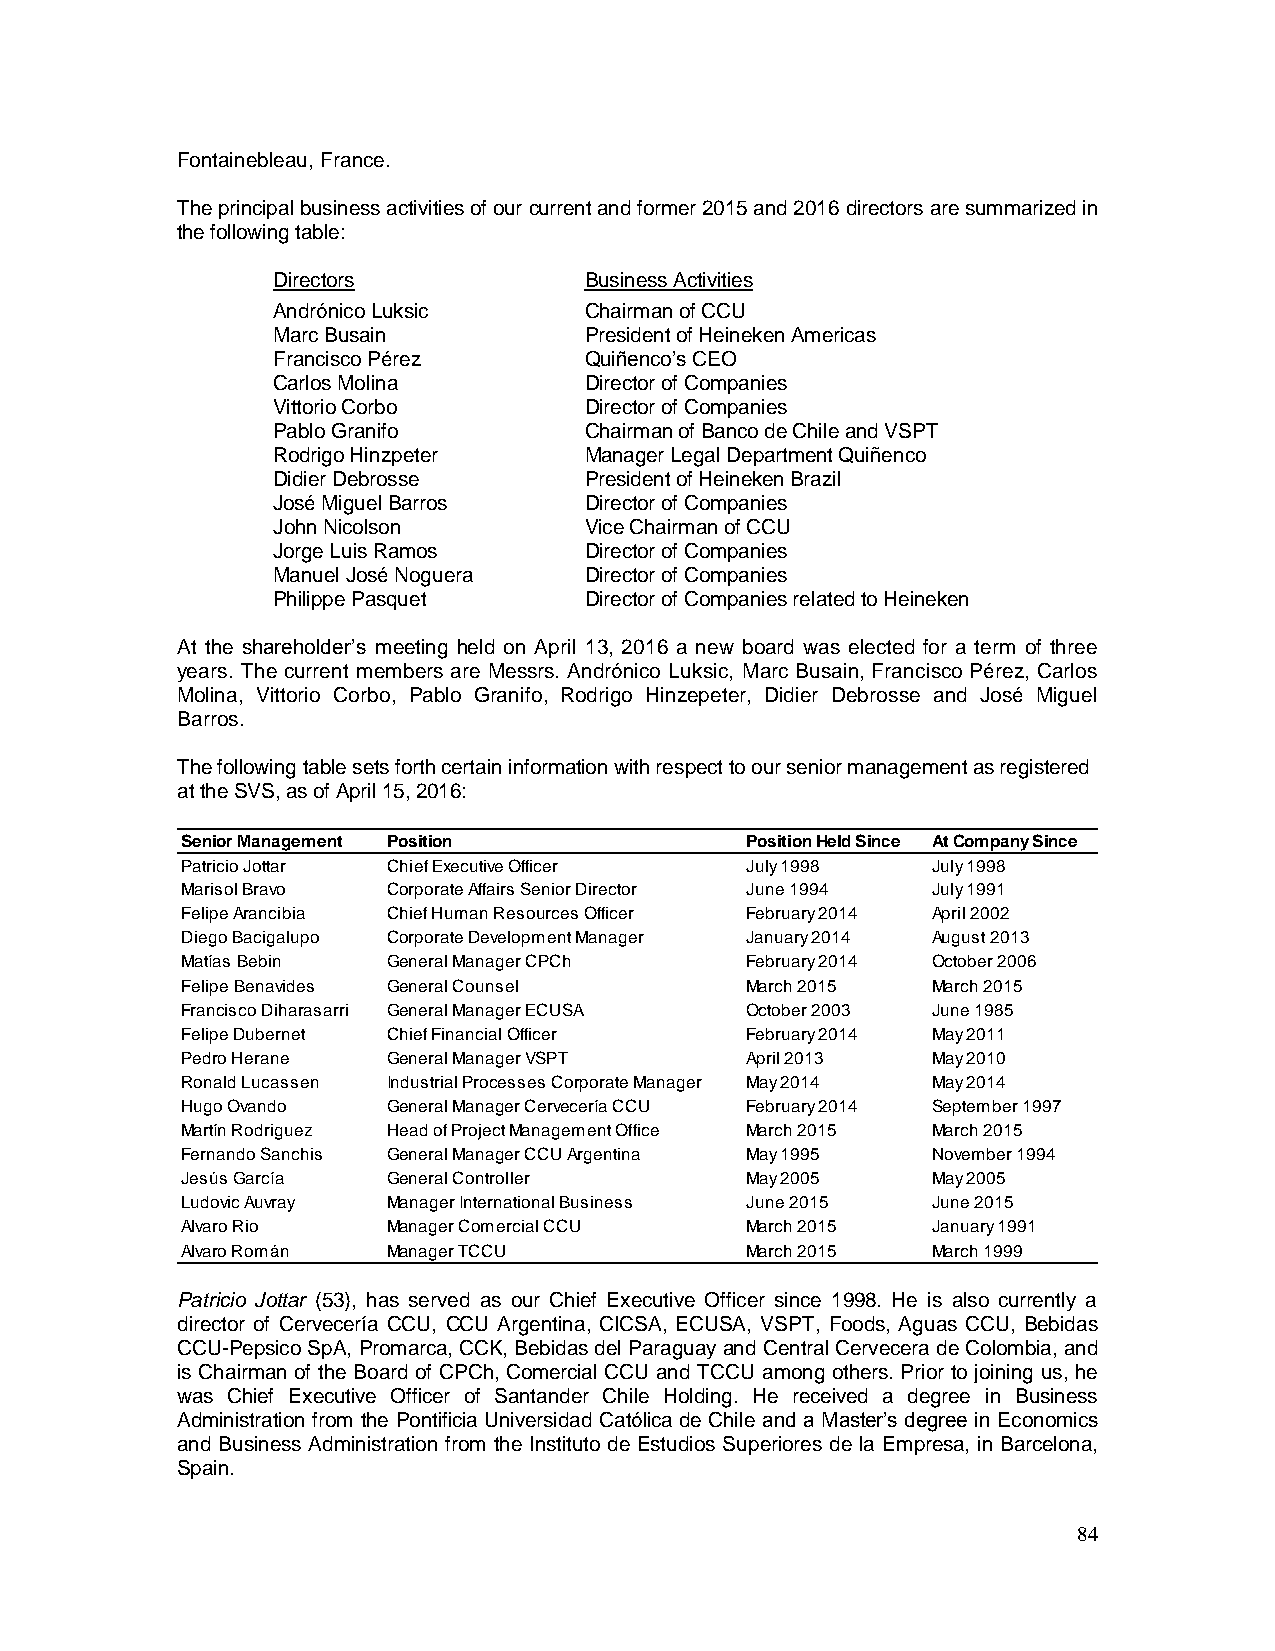
Fontainebleau, France.
 The principal business activities of our current and former 2015 and 2016 directors are summarized in
 the following table:
 Directors            Business Activities
 Andrónico Luksic     Chairman of CCU
 Marc Busain          President of Heineken Americas
 Francisco Pérez      Quiñenco’s CEO
 Carlos Molina        Director of Companies
 Vittorio Corbo       Director of Companies
 Pablo Granifo        Chairman of Banco de Chile and VSPT
 Rodrigo Hinzpeter    Manager Legal Department Quiñenco
 Didier Debrosse      President of Heineken Brazil
 José Miguel Barros   Director of Companies
 John Nicolson        Vice Chairman of CCU
 Jorge Luis Ramos     Director of Companies
 Manuel José Noguera  Director of Companies
 Philippe Pasquet     Director of Companies related to Heineken
 At the shareholder’s meeting held on April 13, 2016 a new board was elected for a term of three
 years. The current members are Messrs. Andrónico Luksic, Marc Busain, Francisco Pérez, Carlos
 Molina, Vittorio Corbo, Pablo Granifo, Rodrigo Hinzepeter, Didier Debrosse and José Miguel
 Barros.
 The following table sets forth certain information with respect to our senior management as registered
 at the SVS, as of April 15, 2016:
 Senior Management Position           Position Held Since At Company Since
 Patricio Jottar Chief Executive Officer July 1998 July 1998
 Marisol Bravo Corporate Affairs Senior Director June 1994 July 1991
 Felipe Arancibia Chief Human Resources Officer February 2014 April 2002
 Diego Bacigalupo Corporate Development Manager January 2014 August 2013
 Matías Bebin  General Manager CPCh   February 2014 October 2006
 Felipe Benavides General Counsel     March 2015   March 2015
 Francisco Diharasarri General Manager ECUSA October 2003 June 1985
 Felipe Dubernet Chief Financial Officer February 2014 May 2011
 Pedro Herane  General Manager VSPT   April 2013   May 2010
 Ronald Lucassen Industrial Processes Corporate Manager May 2014 May 2014
 Hugo Ovando   General Manager Cervecería CCU February 2014 September 1997
 Martín Rodriguez Head of Project Management Office March 2015 March 2015
 Fernando Sanchis General Manager CCU Argentina May 1995 November 1994
 Jesús García  General Controller     May 2005     May 2005
 Ludovic Auvray Manager International Business June 2015 June 2015
 Alvaro Rio    Manager Comercial CCU  March 2015   January 1991
 Alvaro Román  Manager TCCU           March 2015   March 1999
 Patricio Jottar (53), has served as our Chief Executive Officer since 1998. He is also currently a
 director of Cervecería CCU, CCU Argentina, CICSA, ECUSA, VSPT, Foods, Aguas CCU, Bebidas
 CCU-Pepsico SpA, Promarca, CCK, Bebidas del Paraguay and Central Cervecera de Colombia, and
 is Chairman of the Board of CPCh, Comercial CCU and TCCU among others. Prior to joining us, he
 was Chief Executive Officer of Santander Chile Holding. He received a degree in Business
 Administration from the Pontificia Universidad Católica de Chile and a Master’s degree in Economics
 and Business Administration from the Instituto de Estudios Superiores de la Empresa, in Barcelona,
 Spain.
 84